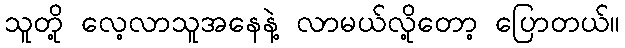
သူတို့ လေ့လာသူအနေနဲ့ လာမယ်လို့တော့ ပြောတယ်။